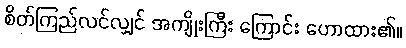
စိတ်ကြည်လင်လျှင် အကျိုးကြီး ကြောင်း ဟောထား၏။